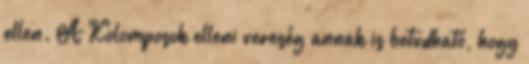
ellen. A Kolomposok elleni vereség annak is betudható, hogy